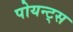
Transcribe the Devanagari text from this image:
पोयन्ट्‌स